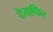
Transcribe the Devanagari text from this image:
देताफिर